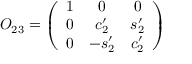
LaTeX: O _ { 2 3 } = \left( \begin{array} { c c c } { { 1 } } & { { 0 } } & { { 0 } } \\ { { 0 } } & { { c _ { 2 } ^ { \prime } } } & { { s _ { 2 } ^ { \prime } } } \\ { { 0 } } & { { - s _ { 2 } ^ { \prime } } } & { { c _ { 2 } ^ { \prime } } } \end{array} \right)